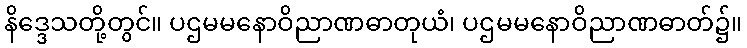
နိဒ္ဒေသတို့တွင်။ ပဌမမနောဝိညာဏဓာတုယံ၊ ပဌမမနောဝိညာဏဓာတ်၌။